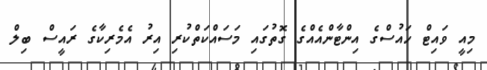
މިއީ ވައިޓް ހައުސްގެ އިންޓާންއެއްގެ ގޮތުގައި މަސައްކަތްކުރި އިރު އެމެރިކާގެ ރައީސް ބިލް